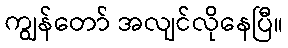
ကျွန်တော် အလျင်လိုနေပြီ။